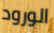
الورود